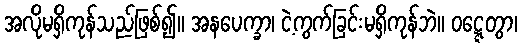
အလိုမရှိကုန်သည်ဖြစ်၍။ အနပေက္ခာ၊ ငဲ့ကွက်ခြင်းမရှိကုန်ဘဲ။ ဝဋ္ဋေတွာ၊